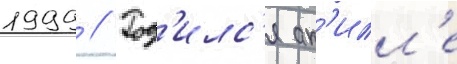
1999 // Род'илс'я ак'илл'е